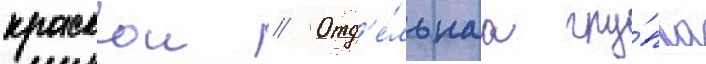
краскои // Отд'е́льнаа гру́ппа